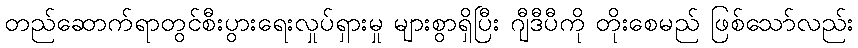
တည်ဆောက်ရာတွင်စီးပွားရေးလှုပ်ရှားမှု များစွာရှိပြီး ဂျီဒီပီကို တိုးစေမည် ဖြစ်သော်လည်း